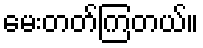
မေးတတ်ကြတယ်။